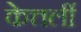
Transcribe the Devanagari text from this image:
केत्तर्ली